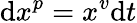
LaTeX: \mathrm{d}x^{p}=x^{v}\mathrm{d}t